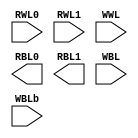
//  IBM Corp. 2022
// Licensed under the Apache License, Version 2.0 (the "License"), as modified by the terms below; you may not use the files in this
// repository except in compliance with the License as modified.
// You may obtain a copy of the License at http://www.apache.org/licenses/LICENSE-2.0
//
// Modified Terms:
//
//   1)	For the purpose of the patent license granted to you in Section 3 of the License, the "Work" hereby includes implementations of
//   the work of authorship in physical form.
//
// Unless required by applicable law or agreed to in writing, the reference design distributed under the License is distributed on an
// "AS IS" BASIS, WITHOUT WARRANTIES OR CONDITIONS OF ANY KIND, either express or implied. See the License for the specific language
// governing permissions and limitations under the License.
//
// Brief explanation of modifications:
//
// Modification 1: This modification extends the patent license to an implementation of the Work in physical form  i.e.,
// it unambiguously permits a user to make and use the physical chip.

// Empty wrapper for 16x12 toysram subarray

`timescale 1 ps / 1 ps

module toysram_16x12 (

   input  [0:15]     RWL0,
   input  [0:15]     RWL1,
   input  [0:15]     WWL,
   output [0:11]     RBL0,
   output [0:11]     RBL1,
   input  [0:11]     WBL,
   input  [0:11]     WBLb
);

endmodule